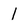
Character: l